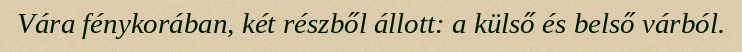
Vára fénykorában, két részből állott: a külső és belső várból.